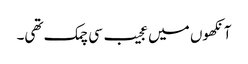
آنکھوں میں عجیب سی چمک تھی۔